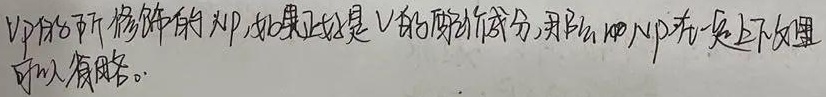
“\(VP\)的”所修饰的为\(NP\)，如果正好是\(V\)的配价成分，那么\(NP\)在上下文里可以省略。